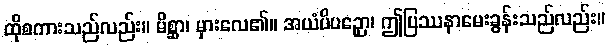
ထိုစကားသည်လည်း။ မိစ္ဆာ၊ မှားလေ၏။ အယံပိပဉှော၊ ဤပြဿနာမေးခွန်းသည်လည်း။